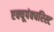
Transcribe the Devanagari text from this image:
एक्यूपंक्चरिस्ट